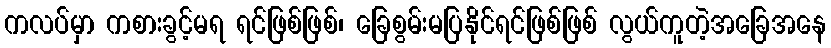
ကလပ်မှာ ကစားခွင့်မရ ရင်ဖြစ်ဖြစ်၊ ခြေစွမ်းမပြနိုင်ရင်ဖြစ်ဖြစ် လွယ်ကူတဲ့အခြေအနေ